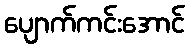
ပျောက်ကင်းအောင်